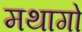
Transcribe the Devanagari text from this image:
मथागो